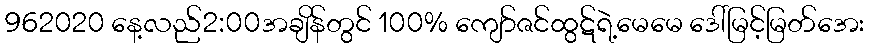
962020 နေ့လည်2:00အချိန်တွင် 100% ကျော်ဇင်ထွဋ်ရဲ့မေမေ ဒေါ်မြင့်မြတ်အေး